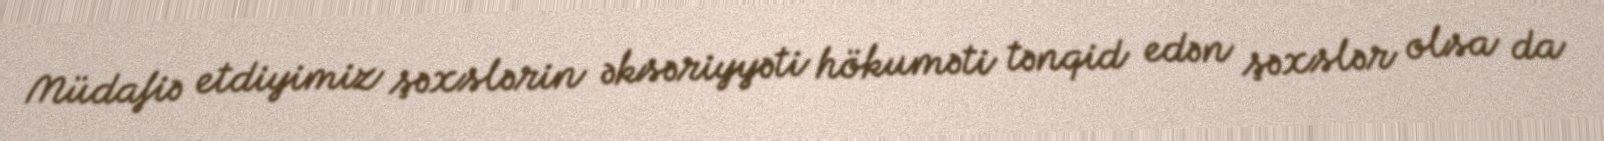
Müdafiə etdiyimiz şəxslərin əksəriyyəti hökuməti tənqid edən şəxslər olsa da